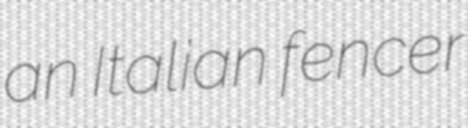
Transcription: an Italian fencer